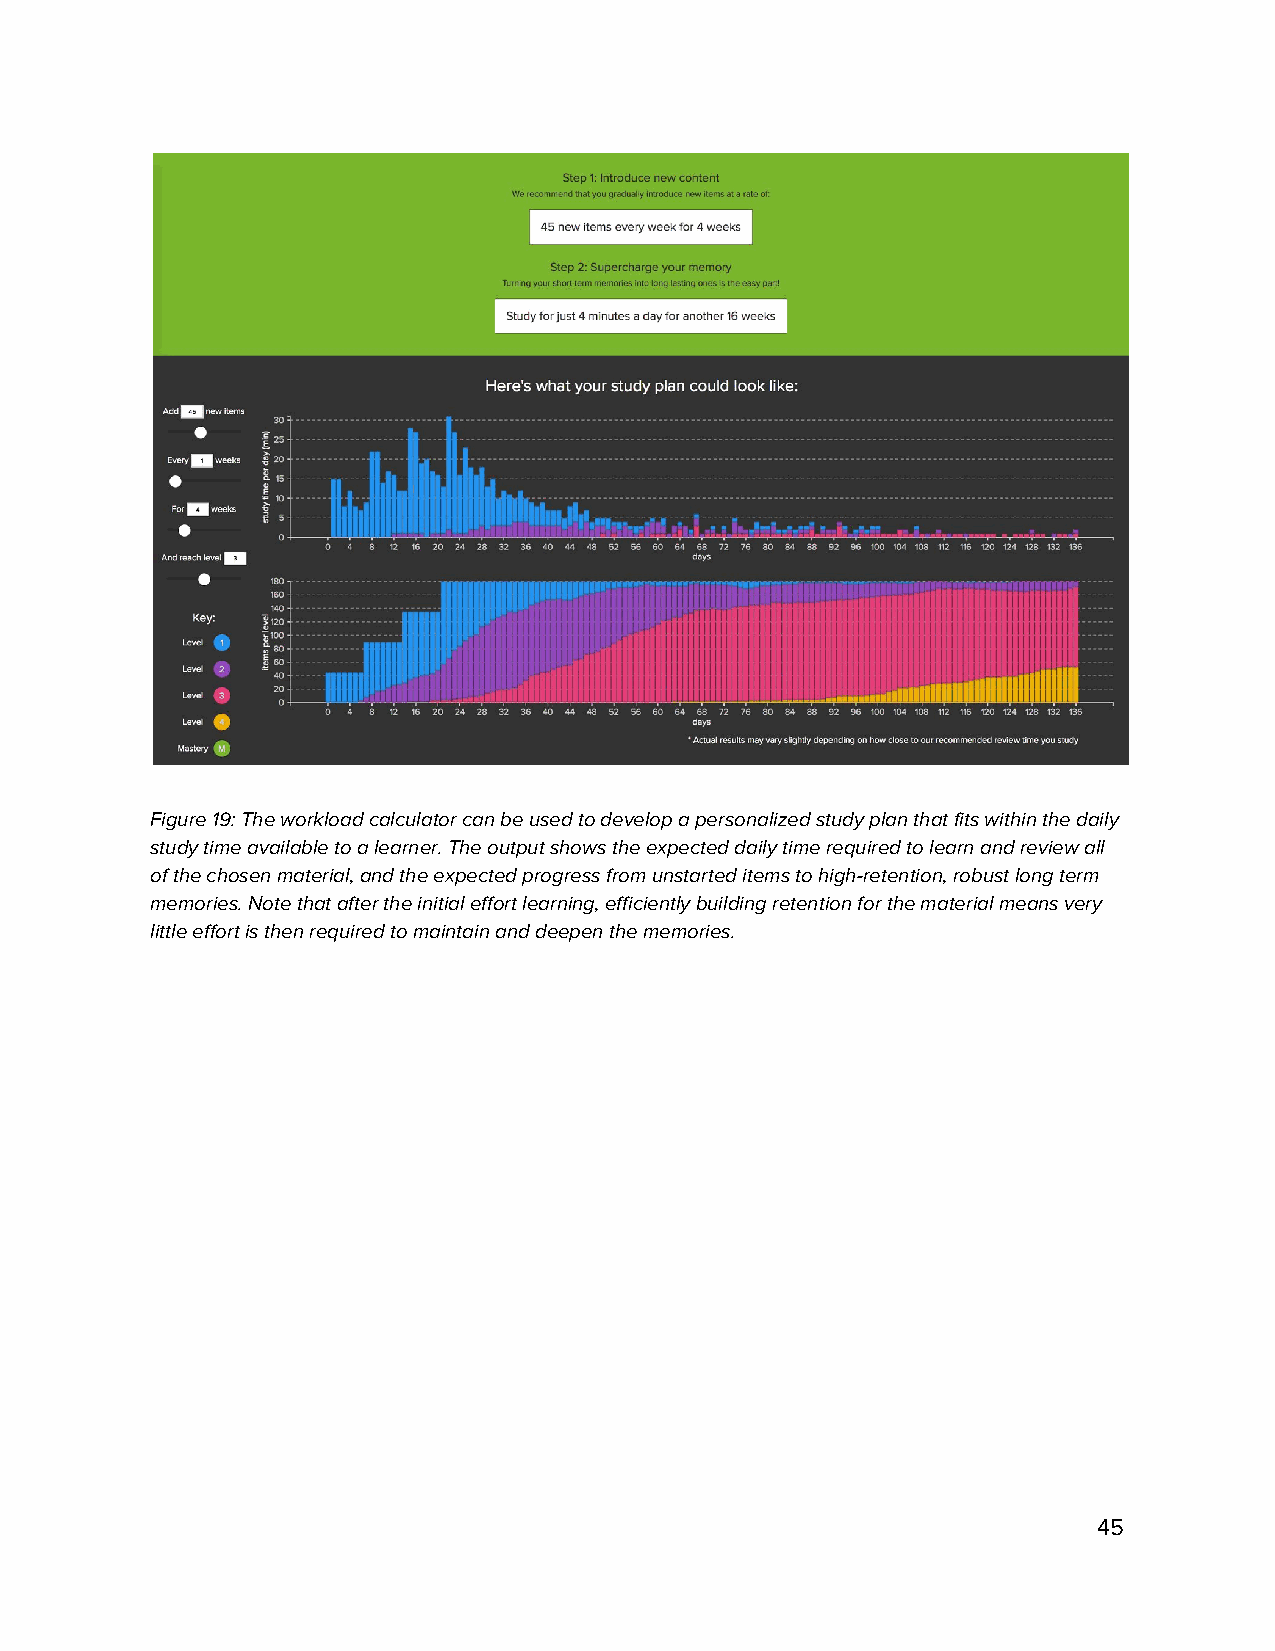
Figure 19: The workload calculator can be used to develop a personalized study plan that fits within the daily
 study time available to a learner. The output shows the expected daily time required to learn and review all
 of the chosen material, and the expected progress from unstarted items to high-retention, robust long term
 memories. Note that after the initial effort learning, efficiently building retention for the material means very
 little effort is then required to maintain and deepen the memories.
 45